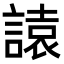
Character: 𧫁